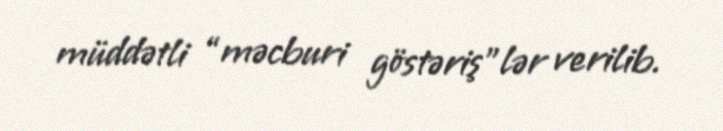
müddətli “məcburi göstəriş”lər verilib.